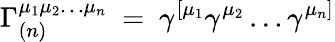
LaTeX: \Gamma_{(n)}^{\mu_{1}\mu_{2}\ldots\mu_{n}}~=~\gamma^{[\mu_{1}}\gamma^{\mu_{2}}\ldots\gamma^{\mu_{n}]}